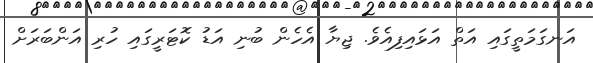
އަނގަމަތީގައި އަތް އަޅައިފިއެވެ. ޖިޔާ އެހެން ބުނި އަޑު ކޮޓަރީގައި ހުރި އަންބަރަށް